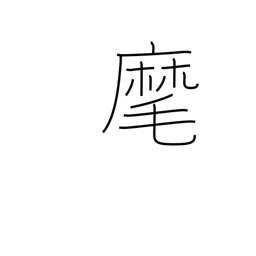
Meaning: beckon to